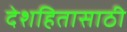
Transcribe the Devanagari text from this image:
देशहितासाठी